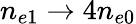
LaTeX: n_{e1}\rightarrow 4n_{e0}